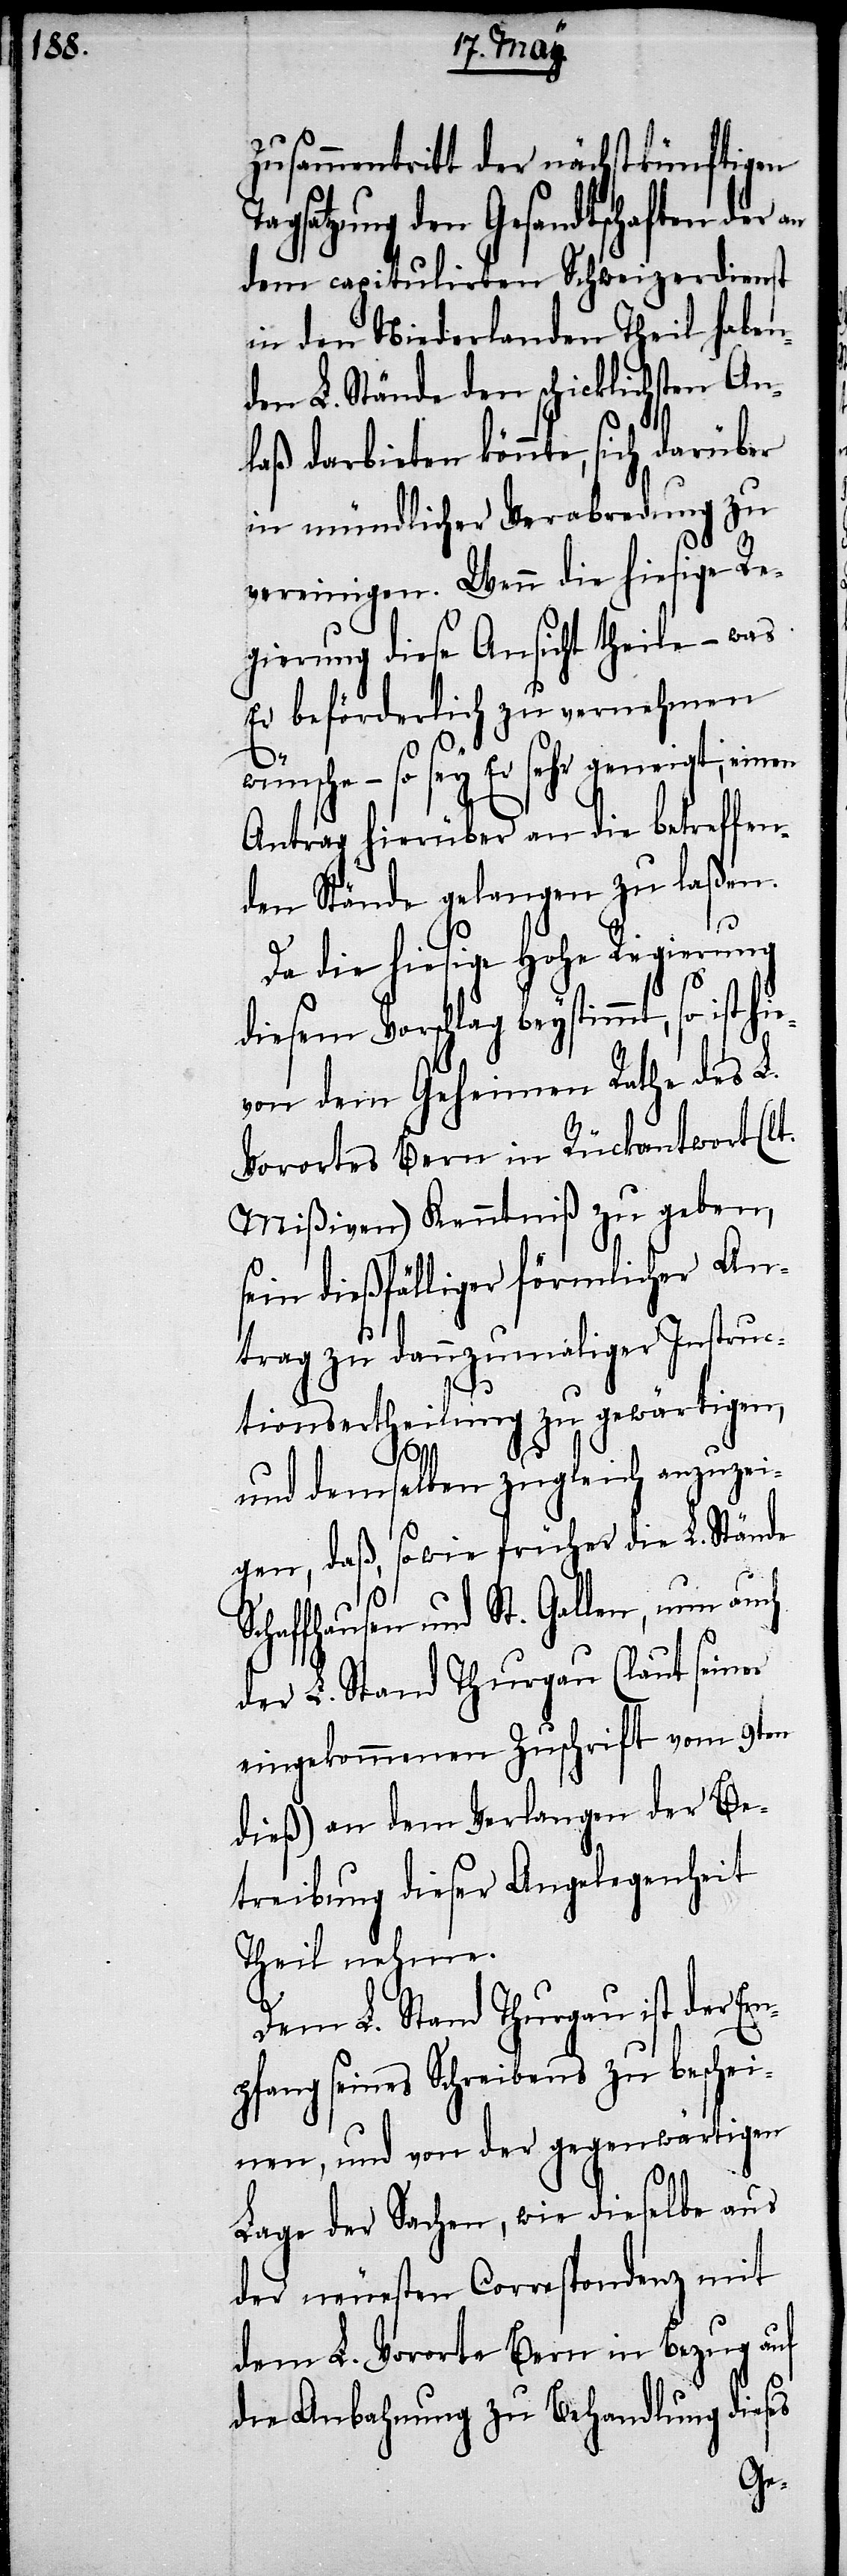
Zusammentritt der nächstkünftigen
agsatzung den Gesandtschaften der
dem capitulirten Schweizerdienst
in den Niederlanden Theil haben¬
den L. Stände den schicklichsten An¬
laß darbieten könnte, sich darüber
in mündlicher Verabredung zu
vereinigen. Wenn die hiesige Re¬
gierung diese Ansicht theile – was
Er beförderlich zu vernehmen
ünsche – so sey Er sehr geneigt, ein¬
Antrag hierüber an die betreffen¬
den Stände gelangen zu laßen.
Da die hiesige Hohe Regierung
diesem Vorschlag beystimmt, so ist
von dem Geheimen Rathe des L.
Vorortes Bern in Rückantwort (lt.
Mißiven) Kenntniß zu geben,
sein dießfälliger förmlicher An¬
trag zu dannzumaliger Instruc¬
en
tionsertheilung zu gewärtigen,
hie¬
und demselben zugleich anzuzei¬
gen, daß, so wie früher die L. Stände
Schaffhausen und St. Gallen, nun auch
der L. Stand Thurgau (laut seiner
eingekommenen Zuschrift vom 9ten
dieß) an dem Verlangen der Be¬
treibung dieser Angelegenheit
Theil nehme.
Dem L. Stand Thurgau ist der Em¬
pfang seines Schreibens zu beschei¬
nen, und von der gegenwärtigen
Lage der Sachen, wie dieselbe aus
der neuesten Correspondenz mit
dem L. Vororte Bern in Bezug auf
die Anbahnung zu Behandlung dieses